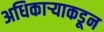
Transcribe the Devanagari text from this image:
अधिकार्‍याकडून